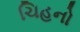
ચિહનો